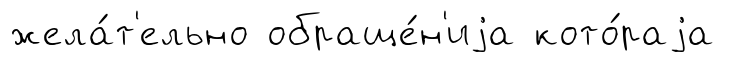
жела́т'ельно обраще́н'иjа кото́раjа